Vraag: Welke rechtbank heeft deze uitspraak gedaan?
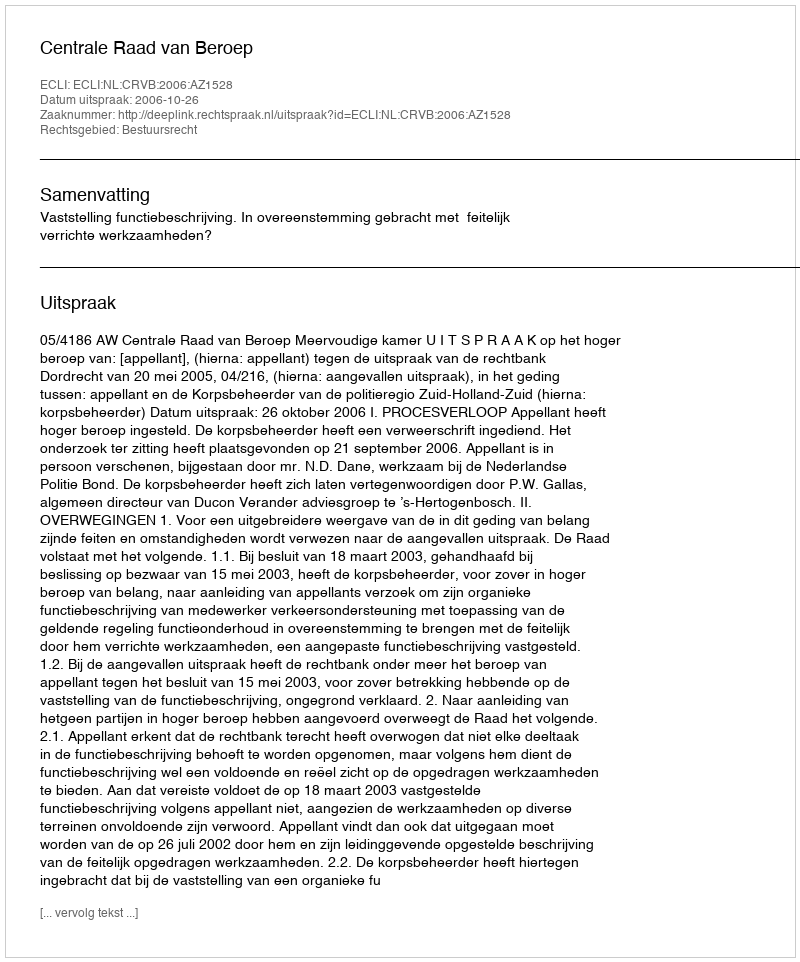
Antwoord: Centrale Raad van Beroep